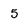
Character: 5